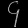
Digit: ၄